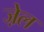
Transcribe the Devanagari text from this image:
जे़ल